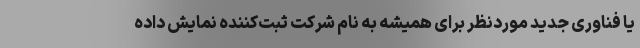
یا فناوری جدید موردنظر برای همیشه به نام شرکت ثبت‌کننده نمایش داده